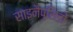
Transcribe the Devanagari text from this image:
साइनैप्सिडों